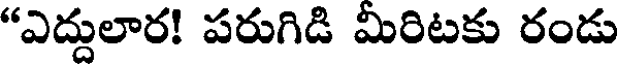
"ఎద్దులార! పరుగిడి మిరిటకు రండు